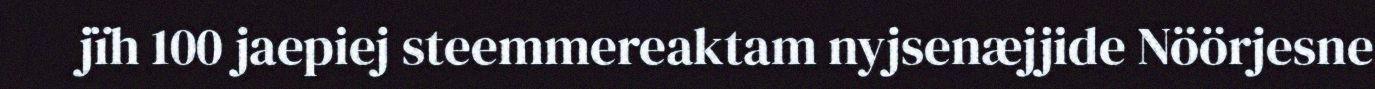
jïh 100 jaepiej steemmereaktam nyjsenæjjide Nöörjesne